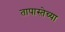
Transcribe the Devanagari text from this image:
तापास्तेच्या